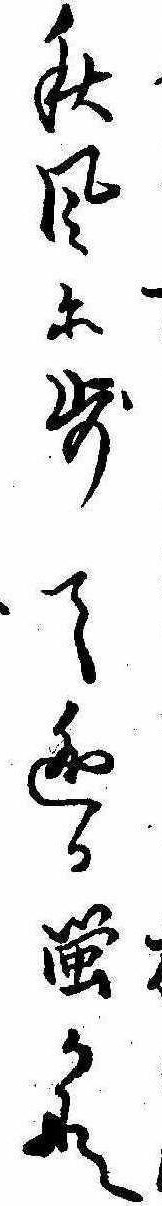
秋風に歩て逃る蛍かな